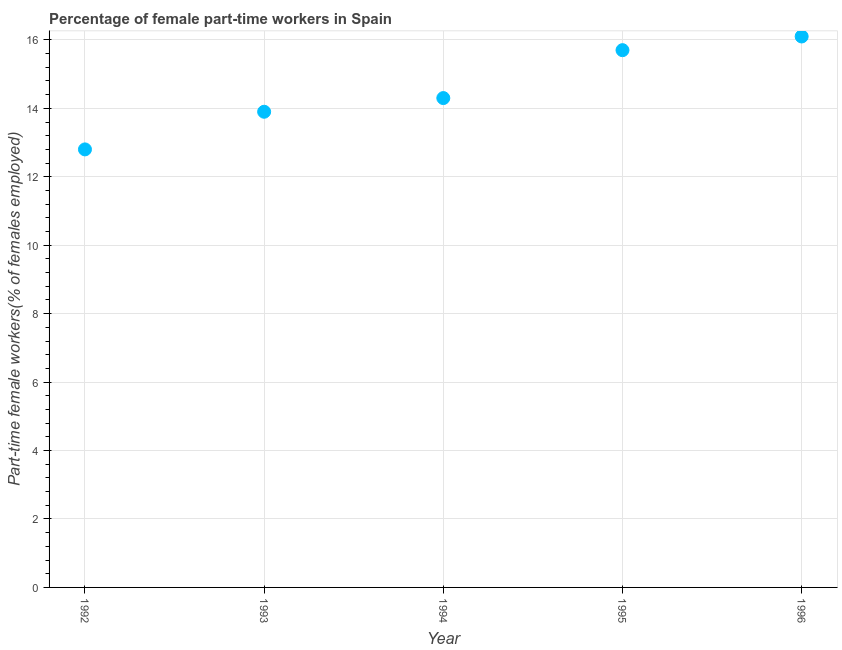
| Year | Part time employment |
 | --- | --- |
 | 1992 | 12.8 |
 | 1993 | 13.9 |
 | 1994 | 14.3 |
 | 1995 | 15.7 |
 | 1996 | 16.1 |